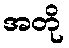
အတို